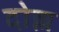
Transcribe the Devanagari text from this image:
दोल्ल